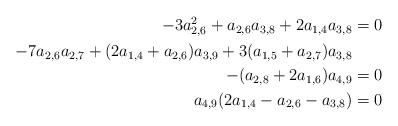
LaTeX: \begin{align*} \begin{aligned}- 3 a_{2,6}^2 + a_{2,6} a_{3,8} + 2 a_{1,4} a_{3,8} &= 0 \\ - 7 a_{2,6} a_{2,7} + (2 a_{1,4} + a_{2,6}) a_{3,9} + 3 ( a_{1,5} + a_{2,7} ) a_{3,8} \\ - ( a_{2,8} + 2 a_{1,6}) a_{4,9} &= 0 \\ a_{4,9} ( 2 a_{1,4} - a_{2,6} - a_{3,8}) &= 0 \end{aligned}\end{align*}